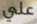
علي